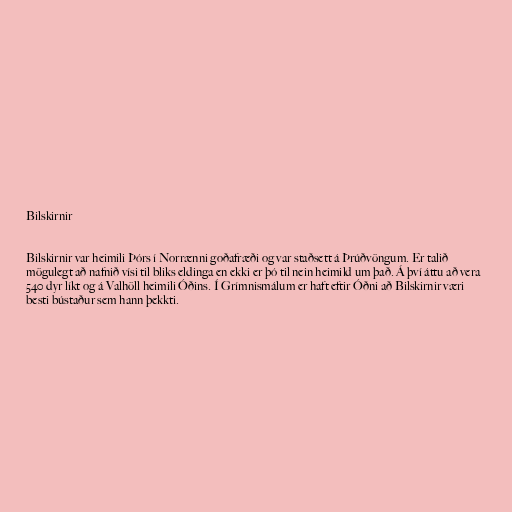
Bilskirnir

Bilskirnir var heimili Þórs í Norrænni goðafræði og var staðsett á Þrúðvöngum. Er talið
mögulegt að nafnið vísi til bliks eldinga en ekki er þó til nein heimild um það. Á því áttu að vera
540 dyr líkt og á Valhöll heimili Óðins. Í Grímnismálum er haft eftir Óðni að Bilskirnir væri
besti bústaður sem hann þekkti.